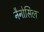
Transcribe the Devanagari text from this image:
नैनोसिल